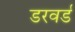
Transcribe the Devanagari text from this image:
डरवर्ड